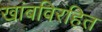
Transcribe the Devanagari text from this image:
खांबविरहित